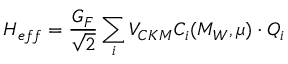
{ \cal H } _ { e f f } = \frac { G _ { F } } { \sqrt { 2 } } \sum _ { i } V _ { C K M } C _ { i } ( M _ { W } , \mu ) \cdot Q _ { i }